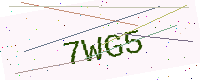
Text: 7WG5